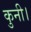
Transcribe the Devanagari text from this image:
कुनी।